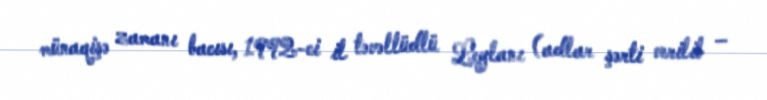
münaqişə zamanı bacısı, 1992-ci il təvəllüdlü Leylanı (adlar şərti verilib –